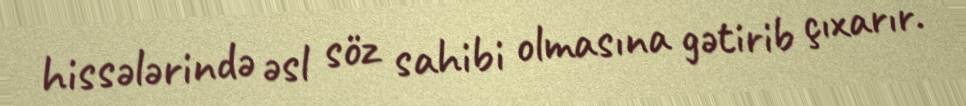
hissələrində əsl söz sahibi olmasına gətirib çıxarır.